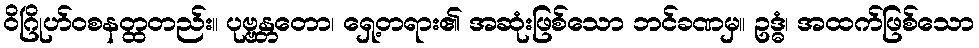
ဝိဂြိုဟ်ဝစနတ္ထတည်း။ ပုဗ္ဗန္တတော၊ ရှေ့တရား၏ အဆုံးဖြစ်သော ဘင်ခဏမှ။ ဥဒ္ဓံ၊ အထက်ဖြစ်သော